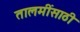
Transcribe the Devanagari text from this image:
तालमींसाठी